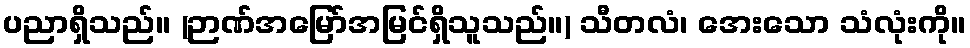
ပညာရှိသည်။ (ဉာဏ်အမြော်အမြင်ရှိသူသည်။) သီတလံ၊ အေးသော သံလုံးကို။